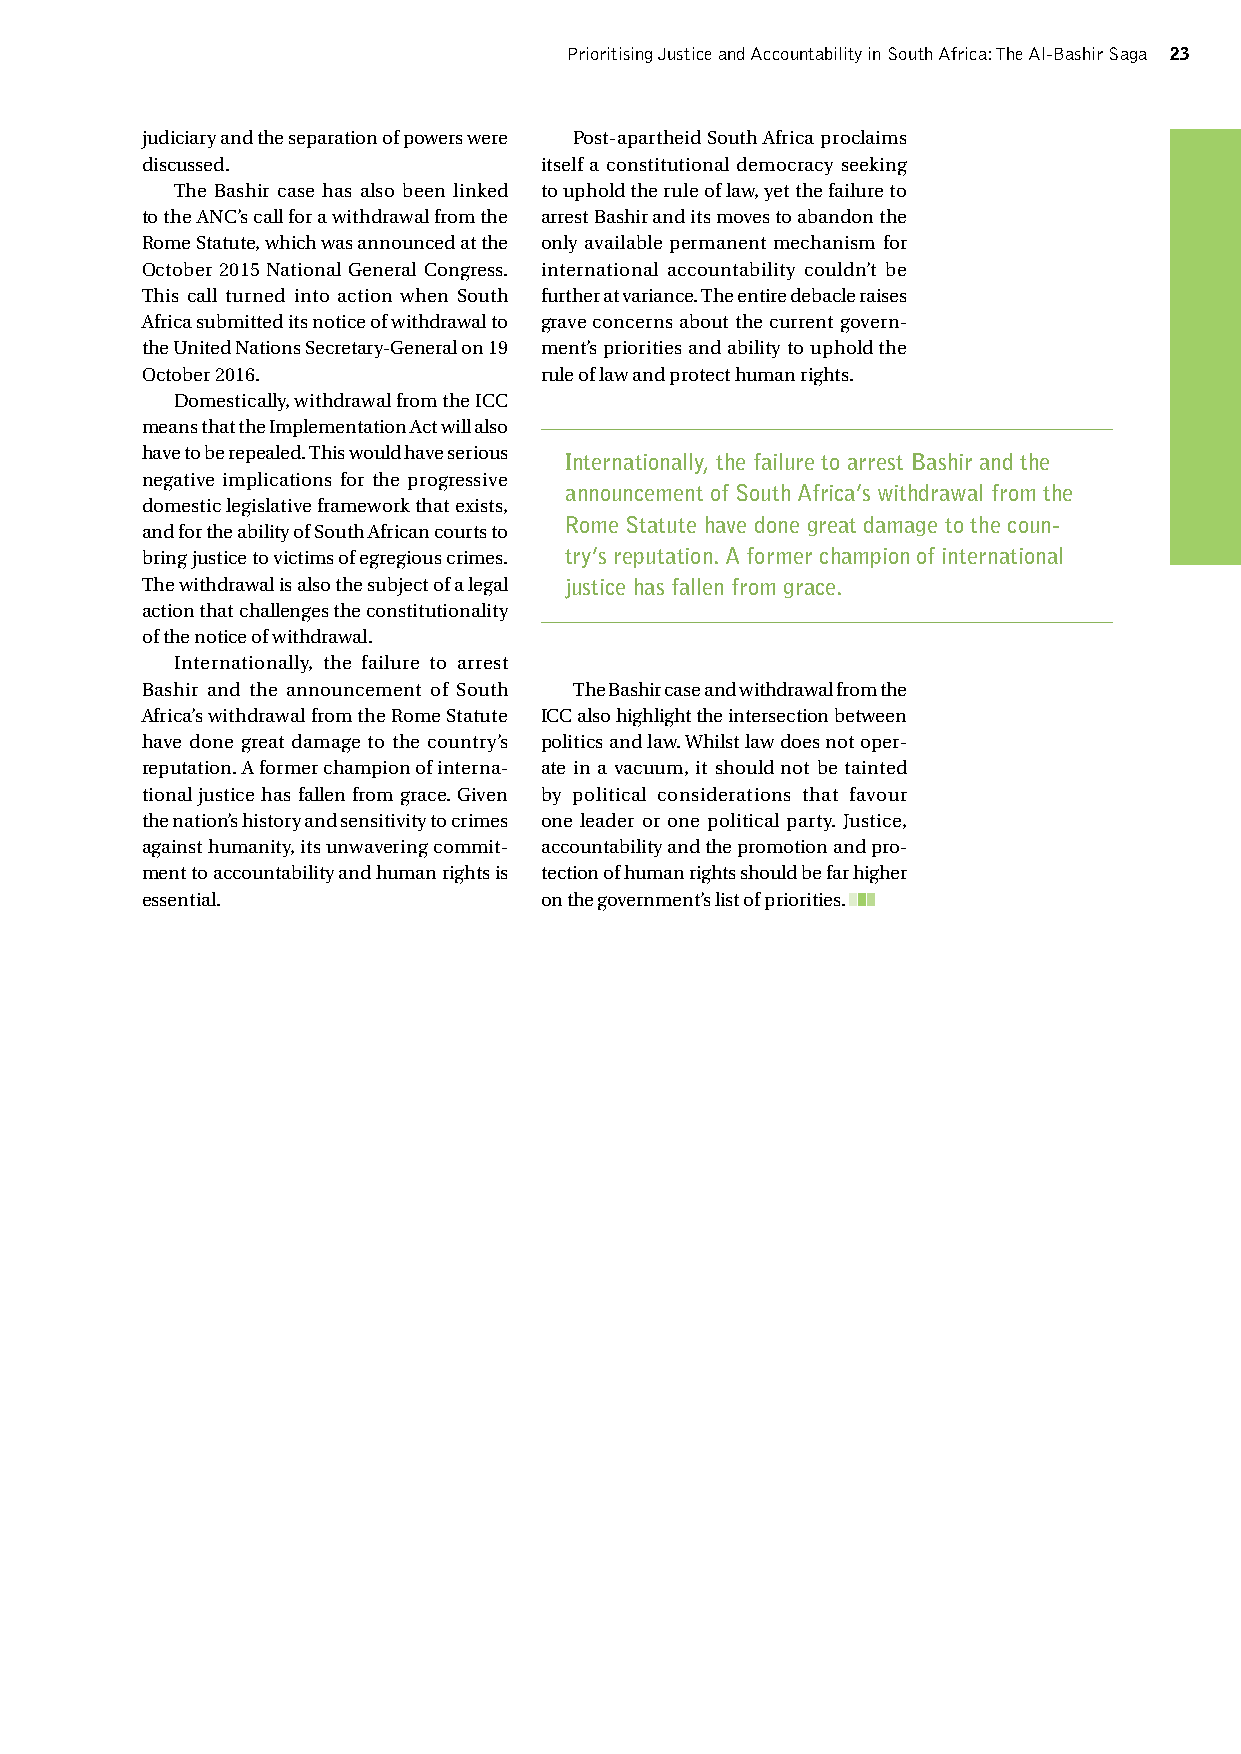
Prioritising Justice and Accountability in South Africa: The Al-Bashir Saga 23
 judiciary and the separation of powers were Post-apartheid South Africa proclaims
 discussed.                 itself a constitutional democracy seeking
 The Bashir case has also been linked to uphold the rule of law, yet the failure to
 to the ANC’s call for a withdrawal from the arrest Bashir and its moves to abandon the
 Rome Statute, which was announced at the only available permanent mechanism for
 October 2015 National General Congress. international accountability couldn’t be
 This call turned into action when South further at variance. The entire debacle raises
 Africa submitted its notice of withdrawal to grave concerns about the current govern-
 the United Nations Secretary-General on 19 ment’s priorities and ability to uphold the
 October 2016.              rule of law and protect human rights.
 Domestically, withdrawal from the ICC
 means that the Implementation Act will also
 have to be repealed. This would have serious
 Internationally, the failure to arrest Bashir and the
 negative implications for the progressive
 announcement of South Africa’s withdrawal from the
 domestic legislative framework that exists,
 Rome Statute have done great damage to the coun-
 and for the ability of South African courts to
 bring justice to victims of egregious crimes. try’s reputation. A former champion of international
 The withdrawal is also the subject of a legal justice has fallen from grace.
 action that challenges the constitutionality
 of the notice of withdrawal.
 Internationally, the failure to arrest
 Bashir and the announcement of South The Bashir case and withdrawal from the
 Africa’s withdrawal from the Rome Statute ICC also highlight the intersection between
 have done great damage to the country’s politics and law. Whilst law does not oper-
 reputation. A former champion of interna- ate in a vacuum, it should not be tainted
 tional justice has fallen from grace. Given by political considerations that favour
 the nation’s history and sensitivity to crimes one leader or one political party. Justice,
 against humanity, its unwavering commit- accountability and the promotion and pro-
 ment to accountability and human rights is tection of human rights should be far higher
 essential.                 on the government’s list of priorities.